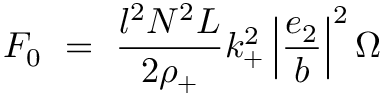
{ \cal { F } } _ { 0 } ~ = ~ \frac { l ^ { 2 } N ^ { 2 } L } { 2 \rho _ { + } } k _ { + } ^ { 2 } \left| \frac { e _ { 2 } } { b } \right| ^ { 2 } \Omega